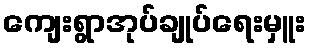
ကျေးရွာအုပ်ချုပ်ရေးမှူး